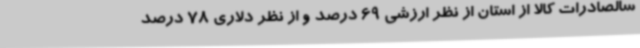
سالصادرات کالا از استان از نظر ارزشی 69 درصد و از نظر دلاری 78 درصد